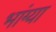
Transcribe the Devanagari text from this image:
भांग्या